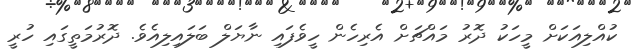
ކުއްލިއަކަށް މީހަކު ދޮރު މައްޗަށް އެރިހެން ހީވެފައި ނާޔަލް ބަލައިލިއެވެ. ދޮރުމަތީގައި ހުރީ